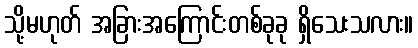
သို့မဟုတ် အခြားအကြောင်းတစ်ခုခု ရှိသေးသလား။